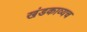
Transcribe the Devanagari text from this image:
खंडकाव्यच